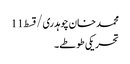
محمد خان چوہدری/قسط11
تحریکی طوطے۔